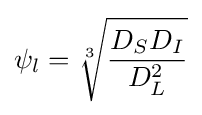
\psi _{l}={\sqrt[{3}]{\frac {D_{S}D_{I}}{D_{L}^{2}}}}